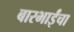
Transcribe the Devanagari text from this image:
बारभाईंचा